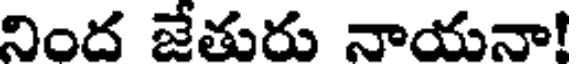
నింద జేతురు నాయనా!